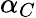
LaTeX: \alpha_{C}